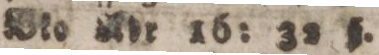
Bko Adr 16: 32 h.